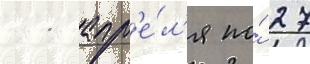
11 апр'е́л'я по́ 27